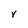
Character: V